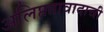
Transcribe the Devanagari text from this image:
अलिप्ततावादाची